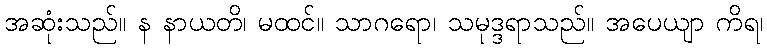
အဆုံးသည်။ န နာယတိ၊ မထင်။ သာဂရော၊ သမုဒ္ဒရာသည်။ အပေယျာ ကိရ၊